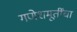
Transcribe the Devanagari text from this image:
गणेशमूर्तींचा